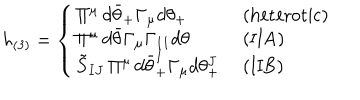
h _ { ( 3 ) } = \left\{ \left\{ \begin{cases} { { \Pi ^ { \mu } \, d \bar { \theta } _ { + } \Gamma _ { \mu } d \theta _ { + } } } & { { ( h e t e r o t i c ) } } \\ { { \Pi ^ { \mu } \, d \bar { \theta } \Gamma _ { \mu } \Gamma _ { 1 1 } d \theta } } & { { ( I I A ) } } \\ { { \tilde { S } _ { I J } \, \Pi ^ { \mu } \, d \bar { \theta } _ { + } ^ { I } \Gamma _ { \mu } d \theta _ { + } ^ { J } } } & { { ( I I B ) } } \\ \end{cases} \right. \right.